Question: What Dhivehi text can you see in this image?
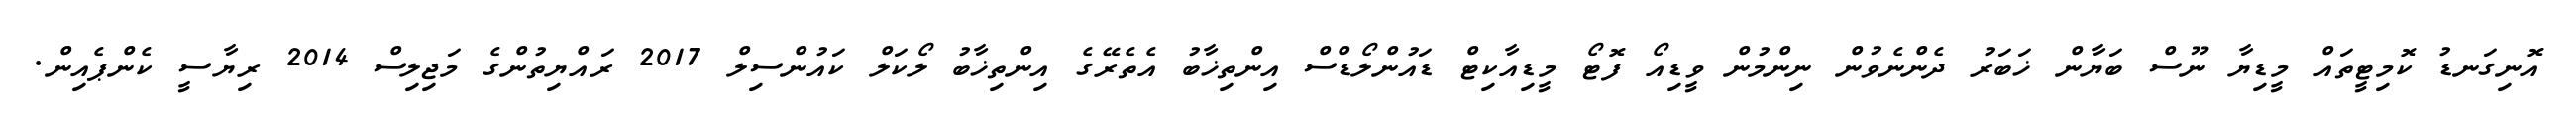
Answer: އޮނިގަނޑު ކޮމިޓީތައް މީޑިޔާ ނޫސް ބަޔާން ޚަބަރު ދެންނެވުން ނިންމުން ވީޑިއޯ ފޮޓޯ މީޑިއާކިޓް ޑައުންލޯޑްސް އިންތިޚާބު އެތެރޭގެ އިންތިޚާބު ލޯކަލް ކައުންސިލް 2017 ރައްޔިތުންގެ މަޖިލިސް 2014 ރިޔާސީ ކެންޕެއިން.